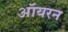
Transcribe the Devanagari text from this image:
ऑयरन